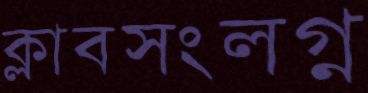
ক্লাবসংলগ্ন